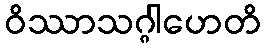
ဝိဿာသဂ္ဂါဟေတိ